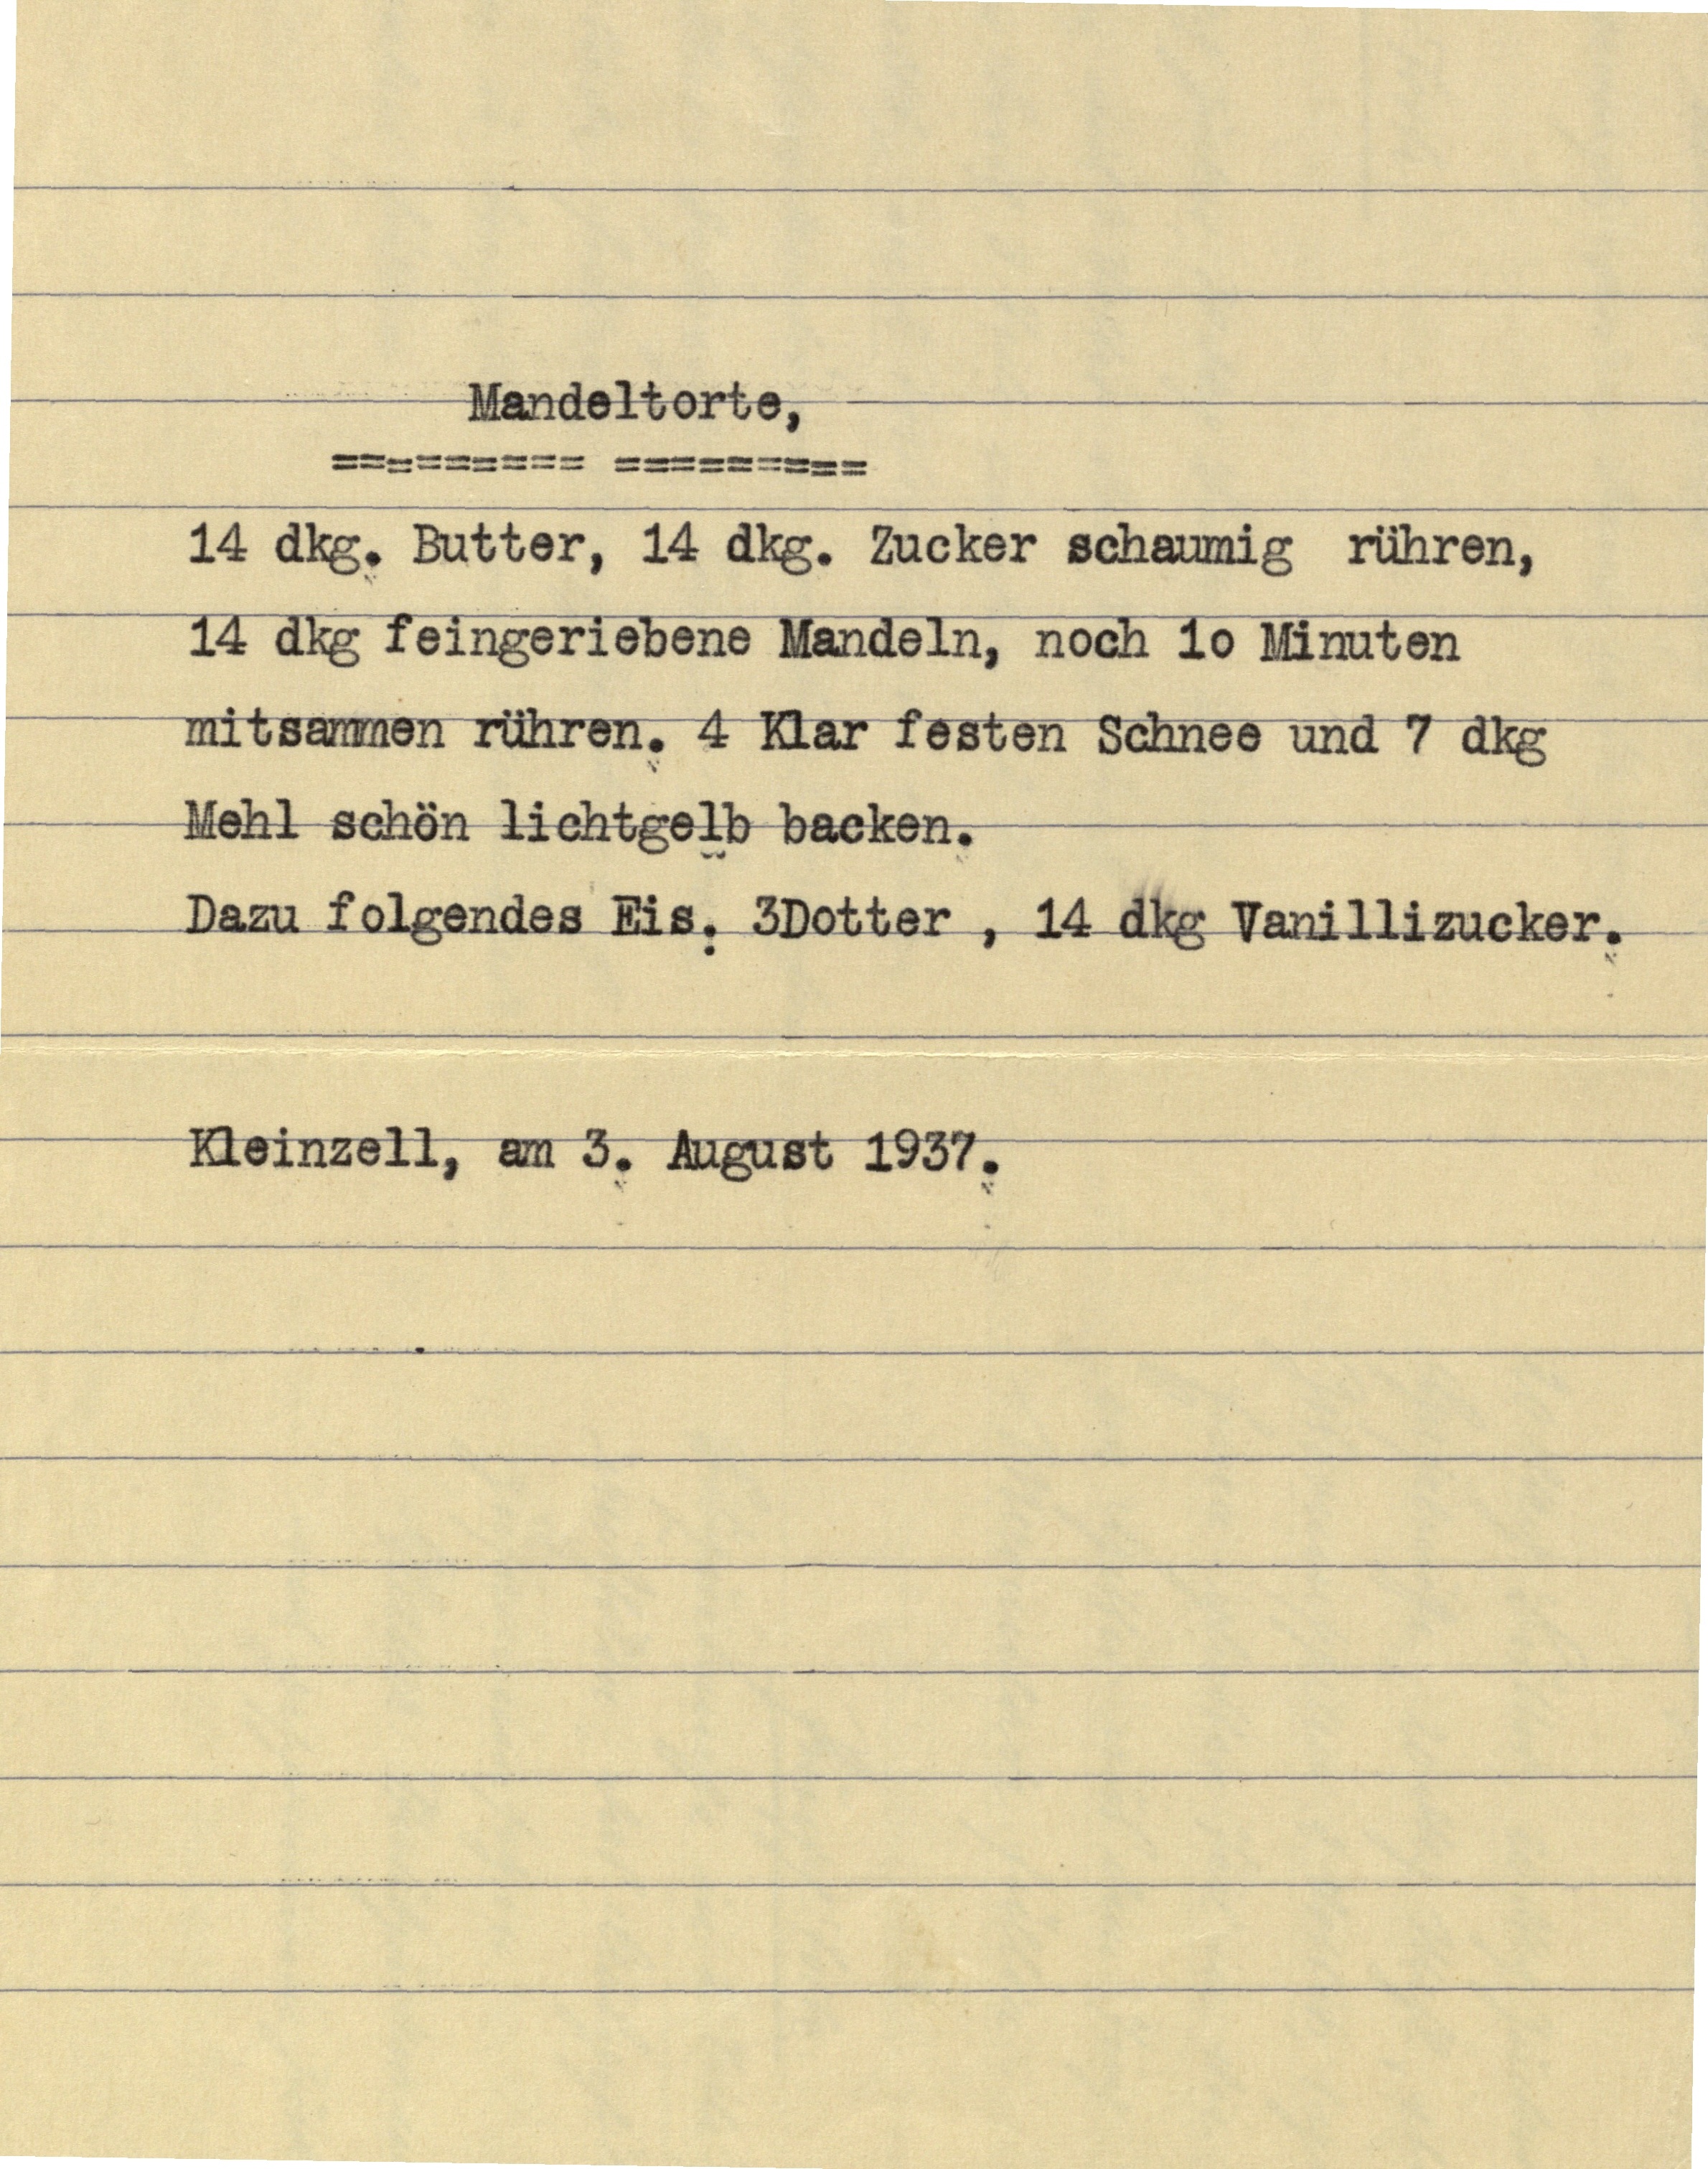
Mandeltorte,
14 dkg. Butter, 14 dkg. Zucker schaumig rühren,
14 dkg feingeriebene Mandeln, noch 10 Minuten
mitsammen rühren. 4 Klar festen Schnee und 7 dkg
Mehl schön lichtgelb backen.
Dazu folgendes Eis: 3 Dotter, 14 dkg Vanillizucker.

Kleinzell, am 3. August 1937.